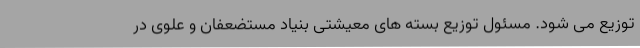
توزیع می شود. مسئول توزیع بسته های معیشتی بنیاد مستضعفان و علوی در